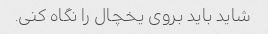
شاید باید بروی یخچال را نگاه کنی.